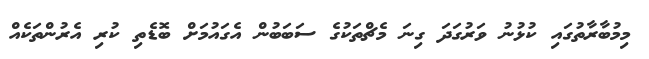
މިމުބާރާތުގައި ކުޅުނު ވަރުގަދަ ގިނަ މެޗްތަކުގެ ސަބަބުން އެގައުމަށް ބޮޑެތި ކުރި އެރުންތަކެއް